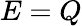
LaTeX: E=Q